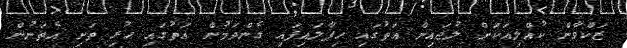
ޒަކްވާން ކުއްލިއަކަށް ލުޖައިން އަތުގައި ހިފާލައިފައި ގެންދަމުން އަތުގައި ހުރި ތަށި އެތަނުން